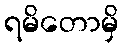
ရမိတောမှိ